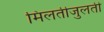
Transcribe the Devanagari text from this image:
मिलतीजुलती